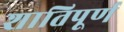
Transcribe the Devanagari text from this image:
शातिपूर्ण